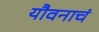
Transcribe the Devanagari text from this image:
यौवनाचं